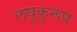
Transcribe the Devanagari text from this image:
लघुकुरूष